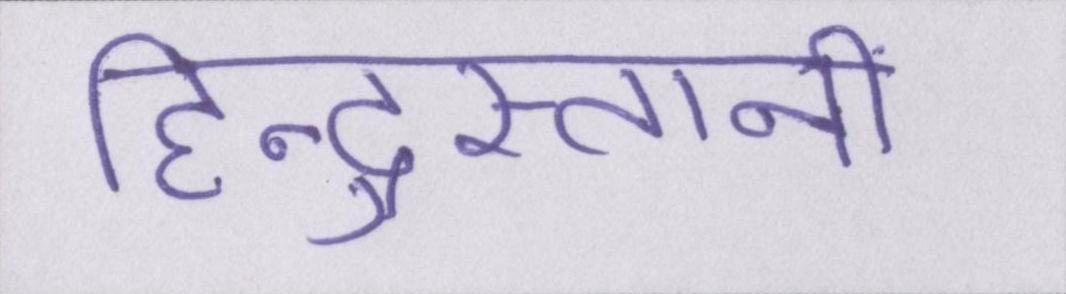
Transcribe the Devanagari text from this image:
हिन्दुस्तानी